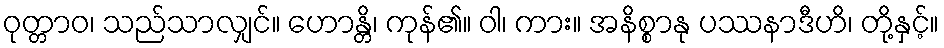
ဝုတ္တာဝ၊ သည်သာလျှင်။ ဟောန္တိ၊ ကုန်၏။ ဝါ၊ ကား။ အနိစ္စာနု ပဿနာဒီဟိ၊ တို့နှင့်။